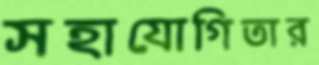
সহাযোগিতার